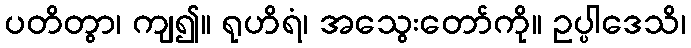
ပတိတွာ၊ ကျ၍။ ရုဟိရံ၊ အသွေးတော်ကို။ ဥပ္ပါဒေသိ၊